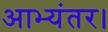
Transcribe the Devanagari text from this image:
आभ्यंतर।